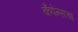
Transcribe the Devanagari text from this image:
कँपेन्सचा